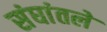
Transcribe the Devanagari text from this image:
संघांतले